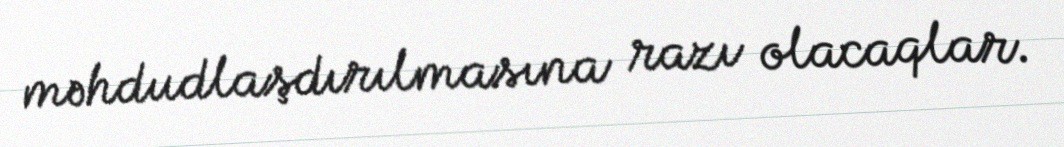
məhdudlaşdırılmasına razı olacaqlar.